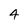
Character: 4